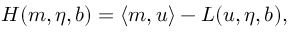
H ( \boldsymbol { m } , \eta , b ) = \langle \boldsymbol { m } , \boldsymbol { u } \rangle - L ( \boldsymbol { u } , \eta , b ) ,